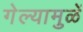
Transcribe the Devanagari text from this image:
गेल्यामुळें